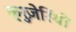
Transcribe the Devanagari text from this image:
क्रुज़ेरियो